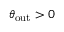
\theta _ { \mathrm { o u t } } > 0